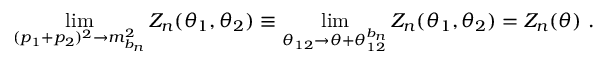
\operatorname * { l i m } _ { ( p _ { 1 } + p _ { 2 } ) ^ { 2 } \rightarrow m _ { b _ { n } } ^ { 2 } } Z _ { n } ( \theta _ { 1 } , \theta _ { 2 } ) \equiv \operatorname * { l i m } _ { \theta _ { 1 2 } \rightarrow \theta + \theta _ { 1 2 } ^ { b _ { n } } } Z _ { n } ( \theta _ { 1 } , \theta _ { 2 } ) = Z _ { n } ( \theta ) ~ .